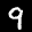
Label: 9